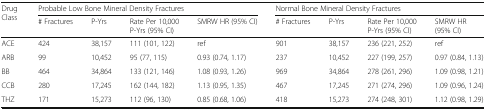
| <ROWSPAN=2> Drug Class | <COLSPAN=4> Probable Low Bone Mineral Density Fractures | <COLSPAN=4> Normal Bone Mineral Density Fractures |
 | # Fractures | P-Yrs | Rate Per 10,000 P-Yrs (95% CI) | SMRW HR (95% CI) | # Fractures | P-Yrs | Rate Per 10,000 P-Yrs (95% CI) | SMRW HR (95% CI) |
 | --- | --- | --- | --- | --- | --- | --- | --- | --- |
 | ACE | 424 | 38,157 | 111 (101, 122) | ref | 901 | 38,157 | 236 (221, 252) | ref |
 | ARB | 99 | 10,452 | 95 (77, 115) | 0.93 (0.74, 1.17) | 237 | 10,452 | 227 (199, 257) | 0.97 (0.84, 1.13) |
 | BB | 464 | 34,864 | 133 (121, 146) | 1.08 (0.93, 1.26) | 969 | 34,864 | 278 (261, 296) | 1.09 (0.98, 1.21) |
 | CCB | 280 | 17,245 | 162 (144, 182) | 1.13 (0.95, 1.35) | 467 | 17,245 | 271 (274, 296) | 1.09 (0.96, 1.24) |
 | THZ | 171 | 15,273 | 112 (96, 130) | 0.85 (0.68, 1.06) | 418 | 15,273 | 274 (248, 301) | 1.12 (0.98, 1.29) |